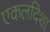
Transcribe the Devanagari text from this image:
एकलदिशा